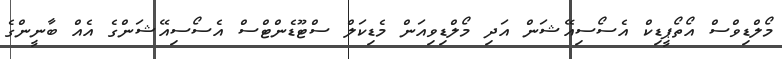
މޯލްޑިވްސް އޯތޯޕީޑިކް އެސޯސިއޭޝަން އަދި މޯލްޑިވިއަން މެޑިކަލް ސްޓޫޑެންޓްސް އެސޯސިއޭޝަންގެ އެއް ބާނީންގެ